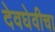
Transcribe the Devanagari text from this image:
देवघेवीचा